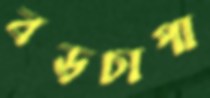
বড়চাপা